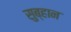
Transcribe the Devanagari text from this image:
सुब्हान